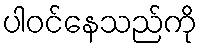
ပါဝင်နေသည်ကို